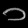
Digit: ၁